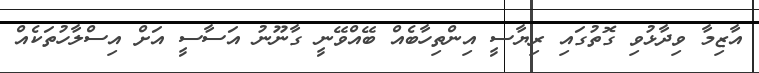
އާޒިމާ ވިދާޅުވި ގޮތުގައި ރިޔާސީ އިންތިހާބެއް ބޭއްވޭނީ ގާނޫނު އަސާސީ އަށް އިސްލާހުތަކެއް